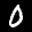
Label: 0